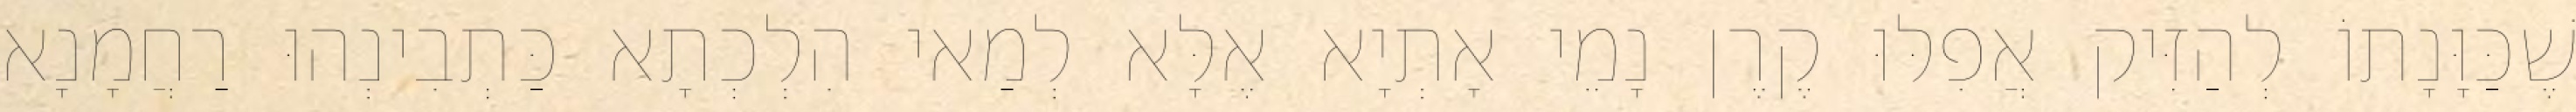
שֶׁכַּוָּנָתוֹ לְהַזִּיק אֲפִלּוּ קֶרֶן נָמֵי אָתְיָא אֶלָּא לְמַאי הִלְכְתָא כַּתְבִינְהוּ רַחֲמָנָא